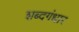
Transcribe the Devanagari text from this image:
शब्दगंधार